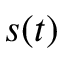
s ( t )